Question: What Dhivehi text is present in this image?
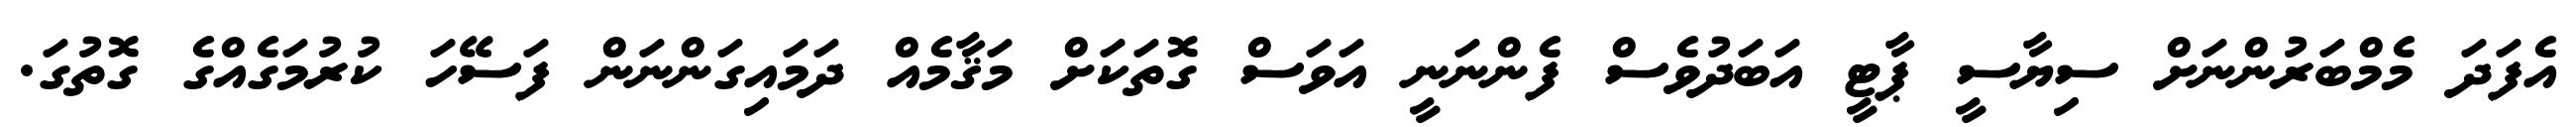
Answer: އެފަދަ މެމްބަރުންނަށް ސިޔާސީ ޕާޓީ އަބަދުވެސް ފެންނަނީ އަވަސް ގޮތަކަށް މަޤާމެއް ދަމައިގަންނަން ފަސޭހަ ކުރުމަގެއްގެ ގޮތުގަ.